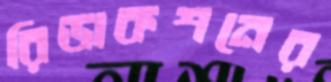
রিডাকশনের